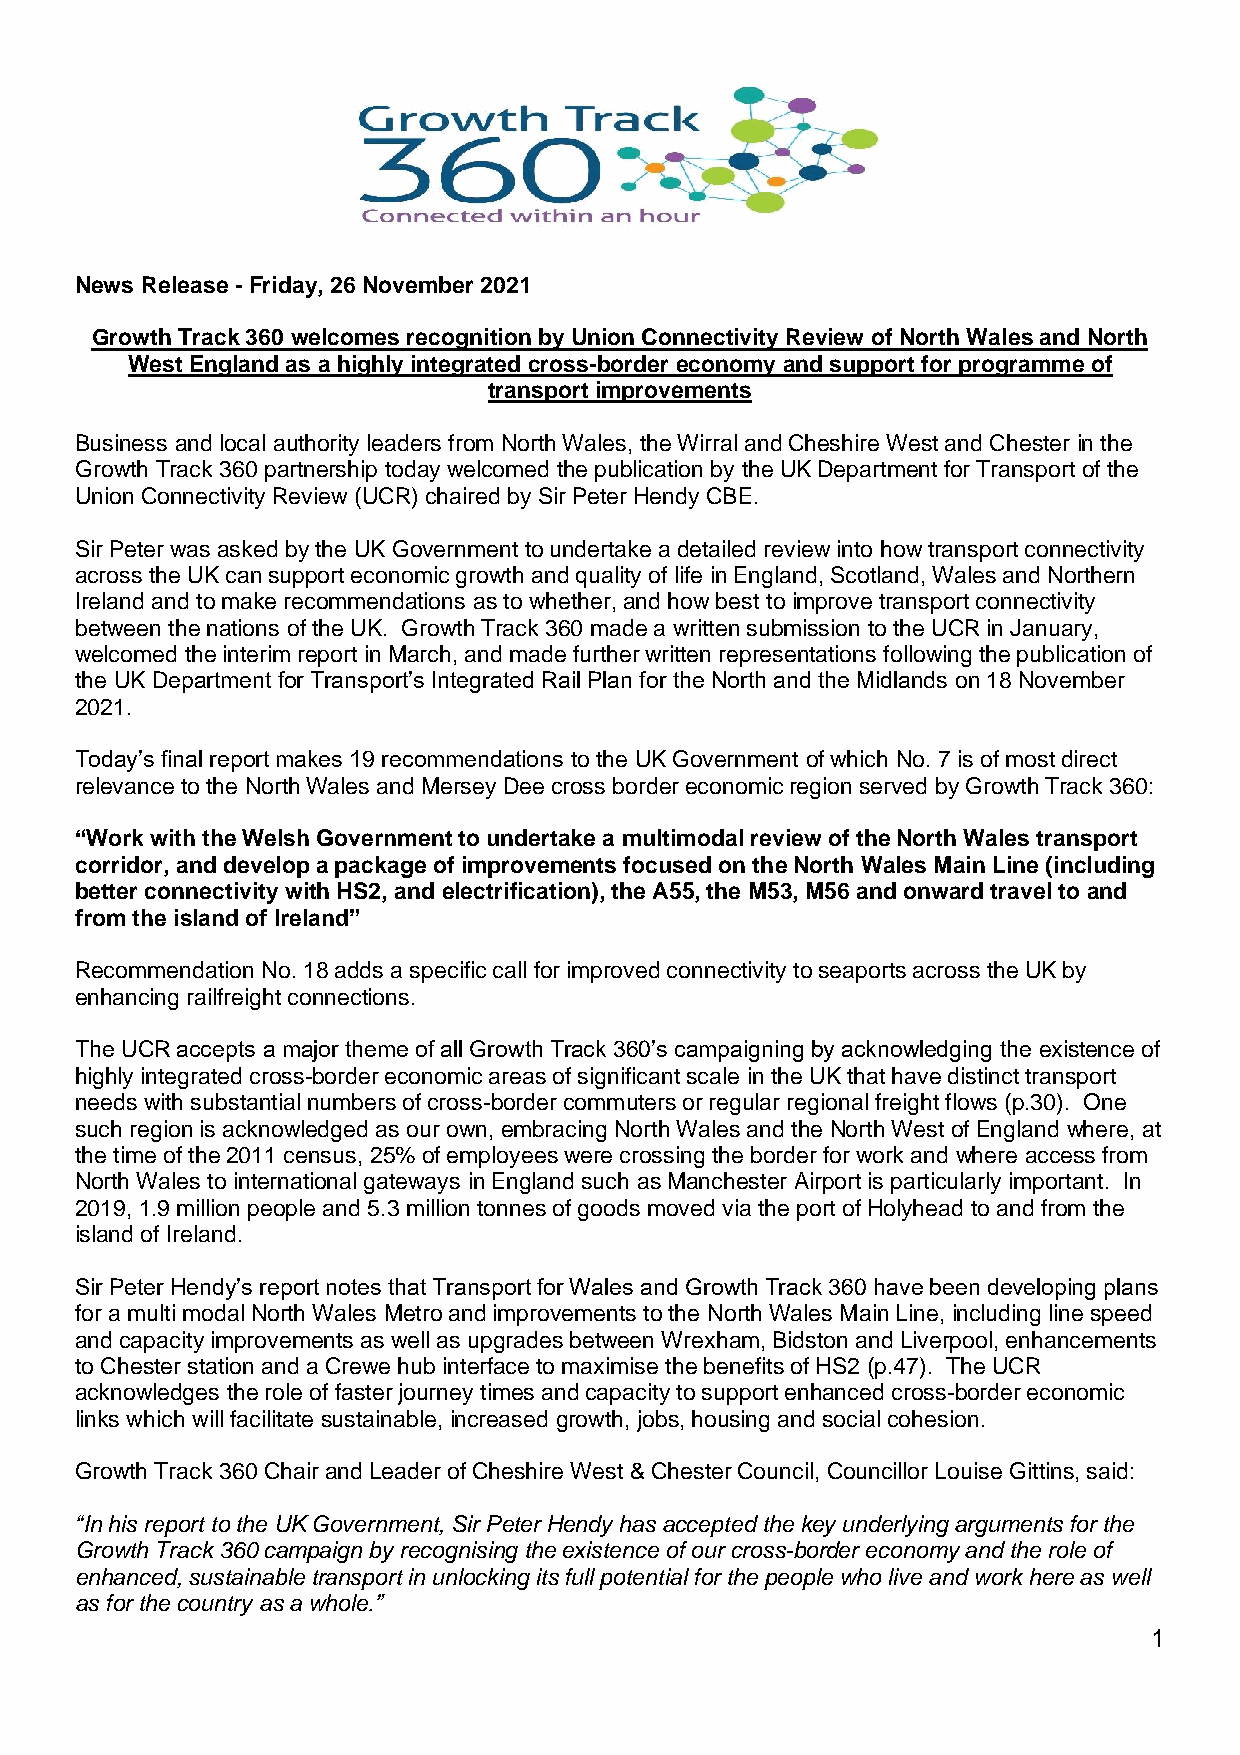
News Release - Friday, 26 November 2021
 Growth Track 360 welcomes recognition by Union Connectivity Review of North Wales and North
 West England as a highly integrated cross-border economy and support for programme of
 transport improvements
 Business and local authority leaders from North Wales, the Wirral and Cheshire West and Chester in the
 Growth Track 360 partnership today welcomed the publication by the UK Department for Transport of the
 Union Connectivity Review (UCR) chaired by Sir Peter Hendy CBE.
 Sir Peter was asked by the UK Government to undertake a detailed review into how transport connectivity
 across the UK can support economic growth and quality of life in England, Scotland, Wales and Northern
 Ireland and to make recommendations as to whether, and how best to improve transport connectivity
 between the nations of the UK. Growth Track 360 made a written submission to the UCR in January,
 welcomed the interim report in March, and made further written representations following the publication of
 the UK Department for Transport’s Integrated Rail Plan for the North and the Midlands on 18 November
 2021.
 Today’s final report makes 19 recommendations to the UK Government of which No. 7 is of most direct
 relevance to the North Wales and Mersey Dee cross border economic region served by Growth Track 360:
 “Work with the Welsh Government to undertake a multimodal review of the North Wales transport
 corridor, and develop a package of improvements focused on the North Wales Main Line (including
 better connectivity with HS2, and electrification), the A55, the M53, M56 and onward travel to and
 from the island of Ireland”
 Recommendation No. 18 adds a specific call for improved connectivity to seaports across the UK by
 enhancing railfreight connections.
 The UCR accepts a major theme of all Growth Track 360’s campaigning by acknowledging the existence of
 highly integrated cross-border economic areas of significant scale in the UK that have distinct transport
 needs with substantial numbers of cross-border commuters or regular regional freight flows (p.30). One
 such region is acknowledged as our own, embracing North Wales and the North West of England where, at
 the time of the 2011 census, 25% of employees were crossing the border for work and where access from
 North Wales to international gateways in England such as Manchester Airport is particularly important. In
 2019, 1.9 million people and 5.3 million tonnes of goods moved via the port of Holyhead to and from the
 island of Ireland.
 Sir Peter Hendy’s report notes that Transport for Wales and Growth Track 360 have been developing plans
 for a multi modal North Wales Metro and improvements to the North Wales Main Line, including line speed
 and capacity improvements as well as upgrades between Wrexham, Bidston and Liverpool, enhancements
 to Chester station and a Crewe hub interface to maximise the benefits of HS2 (p.47). The UCR
 acknowledges the role of faster journey times and capacity to support enhanced cross-border economic
 links which will facilitate sustainable, increased growth, jobs, housing and social cohesion.
 Growth Track 360 Chair and Leader of Cheshire West & Chester Council, Councillor Louise Gittins, said:
 “In his report to the UK Government, Sir Peter Hendy has accepted the key underlying arguments for the
 Growth Track 360 campaign by recognising the existence of our cross-border economy and the role of
 enhanced, sustainable transport in unlocking its full potential for the people who live and work here as well
 as for the country as a whole.”
 1